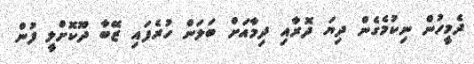
ދެމީހުން ނިކުމެގެން ދިޔަ ދޮރާއި ދިމާއަށް ބަލަން ހުރެފައި ޒޭބާ ދޫކޮށްލީ ފުން